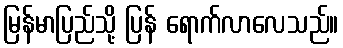
မြန်မာပြည်သို့ ပြန် ရောက်လာလေသည်။